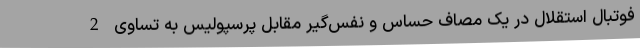
فوتبال استقلال در یک مصاف حساس و نفس‌گیر مقابل پرسپولیس به تساوی 2